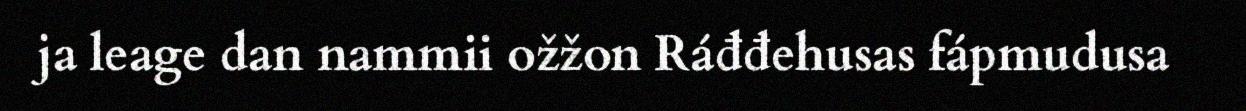
ja leage dan nammii ožžon Ráđđehusas fápmudusa